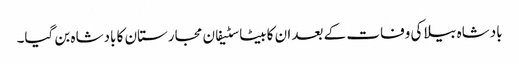
بادشاہ بیلا کی وفات کے بعد ان کا بیٹا سٹیفان مجارستان کا بادشاہ بن گیا۔